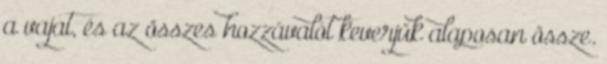
a vajat, és az összes hozzávalót keverjük alaposan össze.